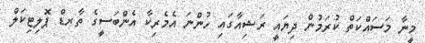
މީނާ މަސައްކަތް ކުރަމުން ދިޔައީ ރަޝިއާގައި ހުންނަ އެމެރިކާ އެންބަސީގެ ތާރޑް ޕޮލިޓިކަލް